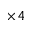
{ \times 4 }